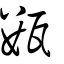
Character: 甊